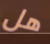
هل